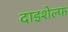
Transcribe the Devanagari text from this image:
दाइशेल्फ